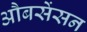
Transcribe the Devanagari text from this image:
औबसेंसन